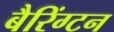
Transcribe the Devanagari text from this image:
बैरिंग्टन